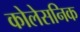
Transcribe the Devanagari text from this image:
कोलेसनिक